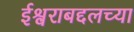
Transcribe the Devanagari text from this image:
ईश्वराबद्दलच्या